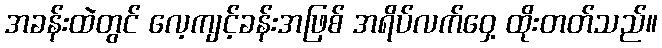
အခန်းထဲတွင် လေ့ကျင့်ခန်းအဖြစ် အရိပ်လက်ဝှေ့ ထိုးတတ်သည်။